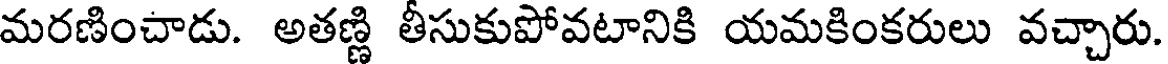
మరణించాడు. అతణ్ణి తీసుకుపోవటానికి యమకింకరులు వచ్చారు.